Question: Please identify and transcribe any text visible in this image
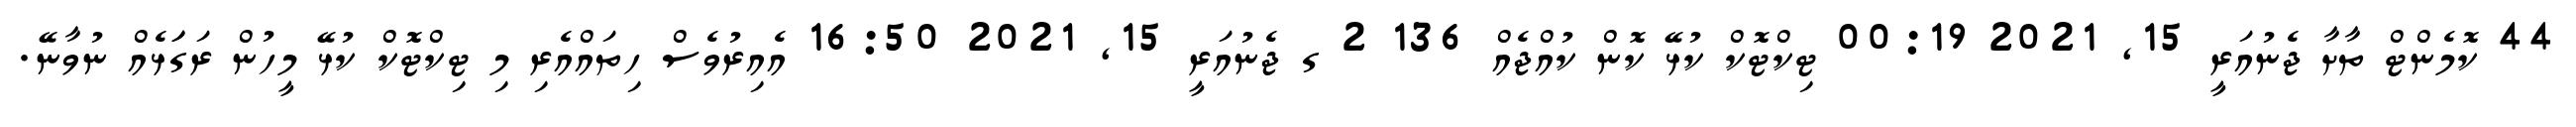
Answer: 44 ކޮމެންޓް ތާށާ ޖެނުއަރީ 15, 2021 00:19 ޓިކްޓޮކް ކުޅޭ ކޮން ކުއްޖެއް 136 2 ގ ޖެނުއަރީ 15, 2021 16:50 އެއިރުވެސް ހިތައްއެރި މި ޓިކްޓޮކް ކުޅޭ މީހުން ރަގަަޅެއް ނުވާނޭ.